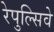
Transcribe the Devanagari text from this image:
रेपुल्सिवे